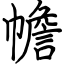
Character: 幨